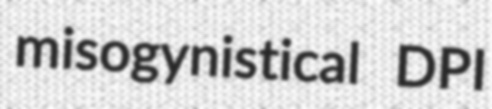
misogynistical DPI